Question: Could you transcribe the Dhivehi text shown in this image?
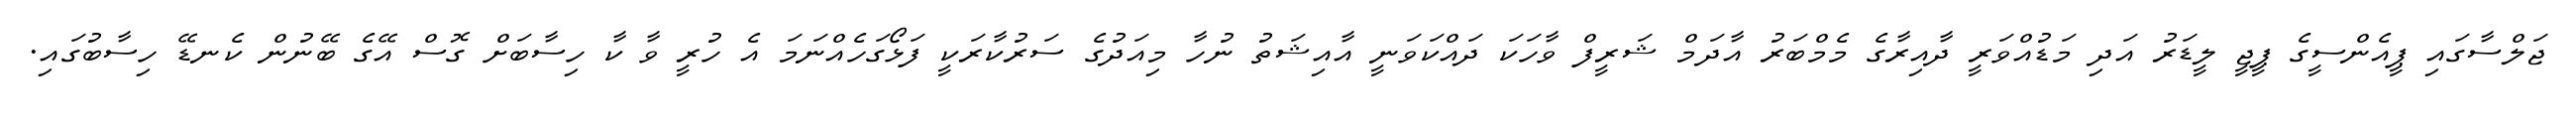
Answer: ޖަލްސާގައި ޕީއެންސީގެ ޕީޖީ ލީޑަރު އަދި މަޑުއްވަރީ ދާއިރާގެ މެމްބަރު އާދަމް ޝަރީފް ވާހަކަ ދައްކަވަނީ އާއިޝަތު ނުހާ މިއަދުގެ ސަރުކާރަކީ ފަޅޯގަހެއްނަމަ އެ ހުރީ ވާ ކާ ހިސާބަށް ގޮސް އޭގެ ބޭނުން ކެނޑޭ ހިސާބުގައި.